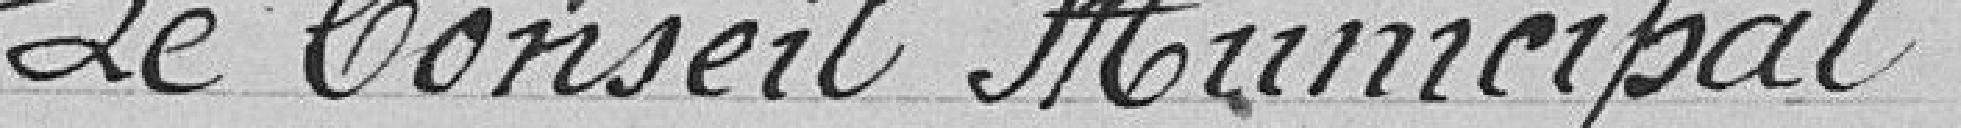
Le Conseil municipal